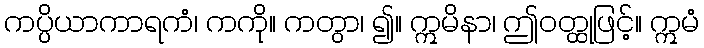
ကပ္ပိယာကာရကံ၊ ကကို။ ကတွာ၊ ၍။ ဣမိနာ၊ ဤဝတ္ထုဖြင့်။ ဣမံ